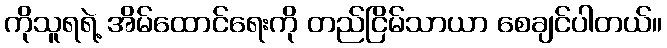
ကိုသူရရဲ့ အိမ်ထောင်ရေးကို တည်ငြိမ်သာယာ စေချင်ပါတယ်။